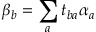
\beta _ { b } = \sum _ { a } t _ { b a } \alpha _ { a }